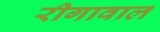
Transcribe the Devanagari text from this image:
रीगावाल